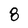
Character: 8